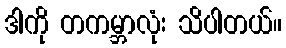
ဒါကို တကမ္ဘာလုံး သိပါတယ်။